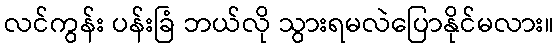
လင်ကွန်း ပန်းခြံ ဘယ်လို သွားရမလဲပြောနိုင်မလား။